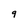
Character: 9